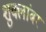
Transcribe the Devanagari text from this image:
शुक्लांबर